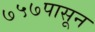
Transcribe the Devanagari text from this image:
७५७पासून